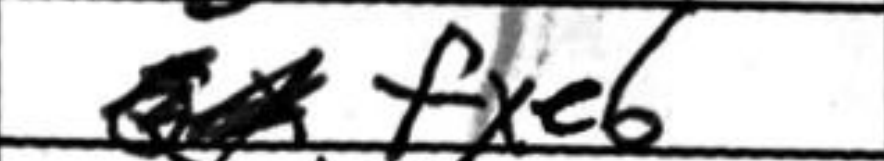
Transcription: fxe6